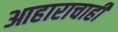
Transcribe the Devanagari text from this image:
आहाराचाही